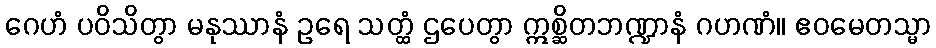
ဂေဟံ ပဝိသိတွာ မနုဿာနံ ဥရေ သတ္ထံ ဌပေတွာ ဣစ္ဆိတဘဏ္ဍာနံ ဂဟဏံ။ ဧဝမေတသ္မာ